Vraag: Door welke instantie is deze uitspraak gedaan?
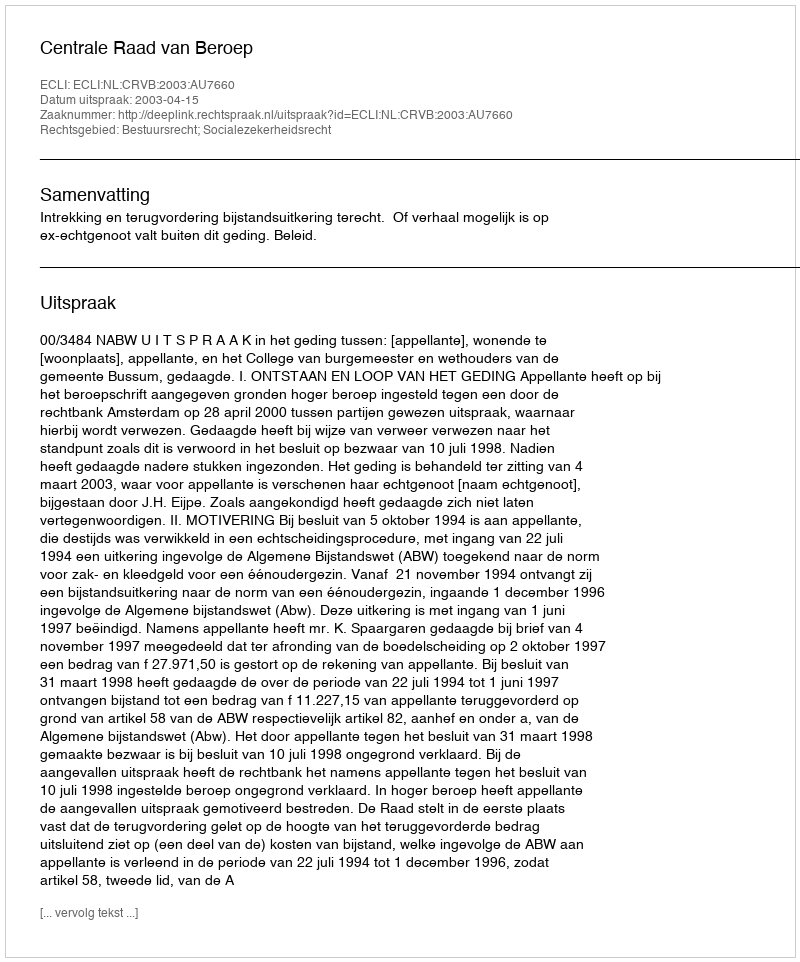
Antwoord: Centrale Raad van Beroep